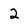
Character: 2